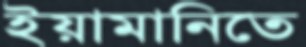
ইয়ামানিতে